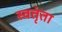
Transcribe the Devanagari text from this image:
स्वतृंता